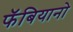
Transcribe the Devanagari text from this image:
फॅबियानो